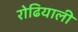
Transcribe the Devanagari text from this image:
रोढियाली